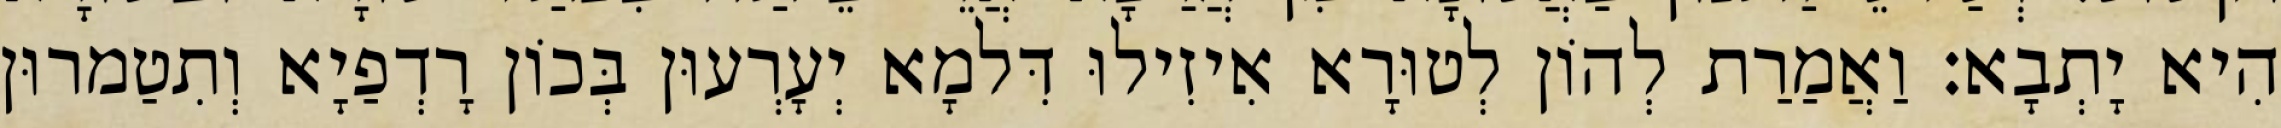
הִיא יָתְבָא׃ וַאֲמַרַת לְהוֹן לְטוּרָא אִיזִילוּ דִּלמָא יְעָרְעוּן בְּכוֹן רָדְפַיָא וְתִטַמרוּן